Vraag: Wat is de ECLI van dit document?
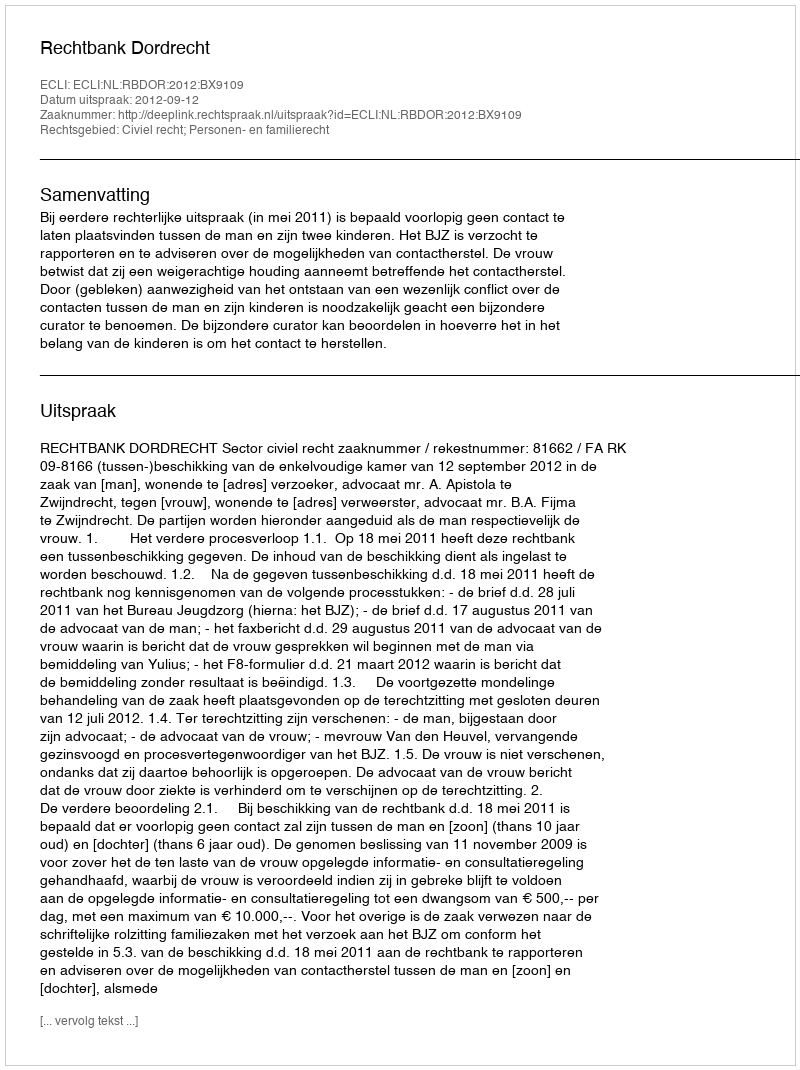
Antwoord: ECLI:NL:RBDOR:2012:BX9109